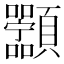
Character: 𬱑